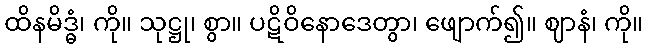
ထိနမိဒ္ဓံ၊ ကို။ သုဋ္ဌု၊ စွာ။ ပဋိဝိနောဒေတွာ၊ ဖျောက်၍။ ဈာနံ၊ ကို။